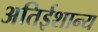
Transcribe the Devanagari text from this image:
अतिईशान्य